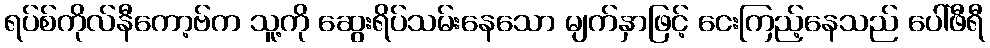
ရပ်စ်ကိုလ်နီကော့ဗ်က သူ့ကို ဆွေးရိပ်သမ်းနေသော မျက်နှာဖြင့် ငေးကြည့်နေသည် ပေါ်ဖီရီ